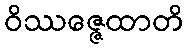
ဝိဿဇ္ဇေထာတိ